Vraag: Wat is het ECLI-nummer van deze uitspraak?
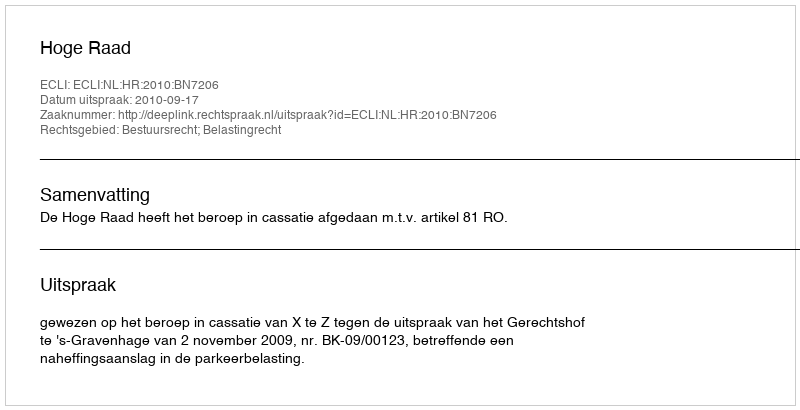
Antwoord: ECLI:NL:HR:2010:BN7206